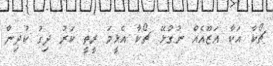
ޗޯކާ އަކާ އަޒޫއެއް ނުގުޅޭ. ޗޯކާ އެޅީމަ ރީތީ ކަރު ދިގު ކުދިން